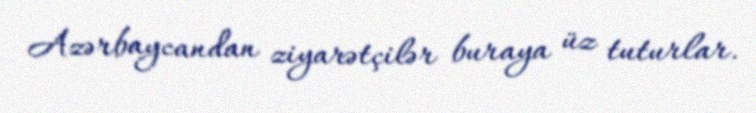
Azərbaycandan ziyarətçilər buraya üz tuturlar.